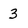
Character: 3